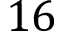
1 6